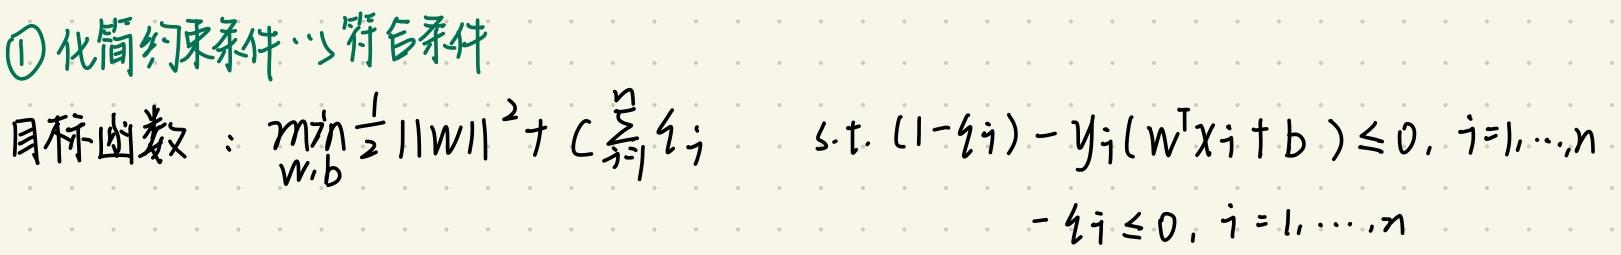
$\textcircled{1}$ 化简约束条件. . . 符合条件

目标函数：$\min_{w,b} \frac{1}{2} \| w \|^2 + C \sum_{i = 1}^{n} \xi_i$  s.t. $(1 - \xi_i) - y_i (w^T x_i + b) \leq 0, \ i = 1, \cdots, n$
$ - \xi_i \leq 0, \ i = 1, \cdots, n$